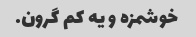
خوشمزه و یه کم گرون.